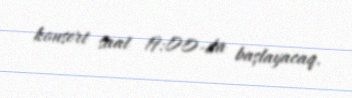
konsert saat 19:00-da başlayacaq.